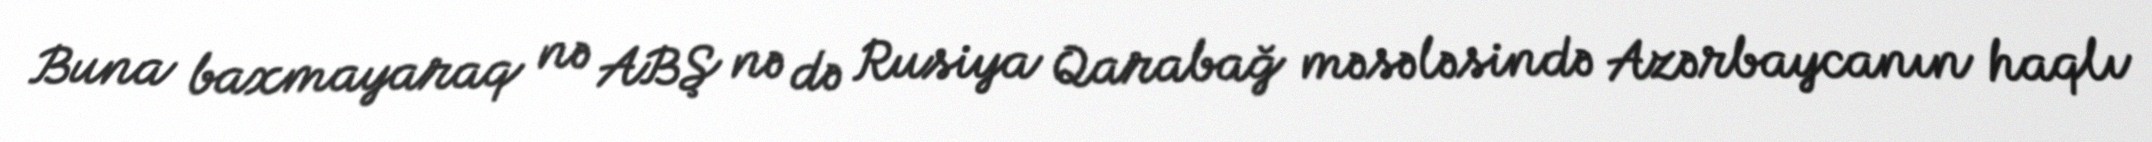
Buna baxmayaraq nə ABŞ nə də Rusiya Qarabağ məsələsində Azərbaycanın haqlı